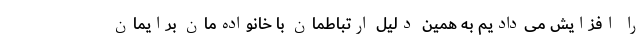
را افزایش می‌دادیم به همین دلیل ارتباطمان با خانواده‌مان برایمان